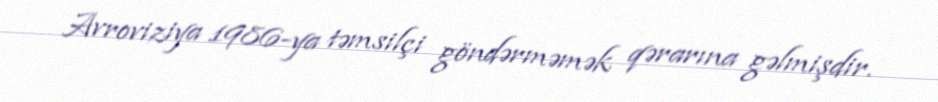
Avroviziya 1986-ya təmsilçi göndərməmək qərarına gəlmişdir.